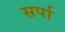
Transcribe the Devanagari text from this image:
सर्पा